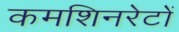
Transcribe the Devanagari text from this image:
कमशिनरेटों